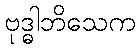
ဗုဒ္ဓါဘိသေက